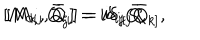
[ M _ { 0 i } , \bar { Q } _ { j } ] = i \delta _ { i j } \bar { Q } , \hspace { 1 i n } [ M _ { k j } , \bar { Q } _ { i } ] = i \delta _ { i [ j } \bar { Q } _ { k ] } ,